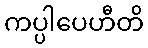
ကပ္ပါပေဟီတိ